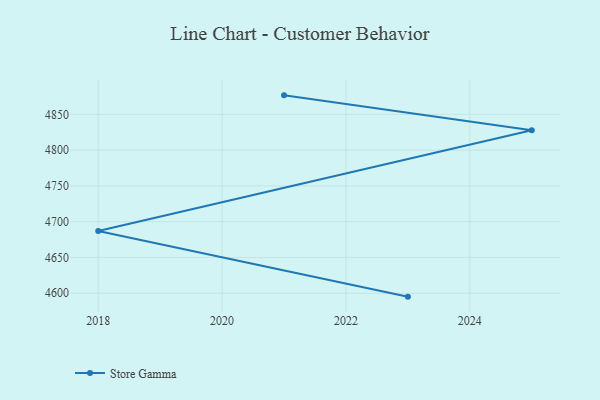
{"axis": {"x": "Year", "y": "Gross Profit (USD K)"}, "legend": ["Store Gamma"], "data": [{"x": "2021", "y": 4876.6, "type": "Store Gamma"}, {"x": "2025", "y": 4827.8, "type": "Store Gamma"}, {"x": "2018", "y": 4687.1, "type": "Store Gamma"}, {"x": "2023", "y": 4595.2, "type": "Store Gamma"}]}